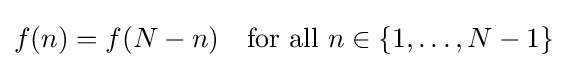
f(n)=f(N-n)\quad {\text{for all }}n\in \left\{1,\ldots ,N-1\right\}